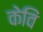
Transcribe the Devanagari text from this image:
केविं